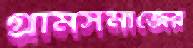
গ্রামসমাজের